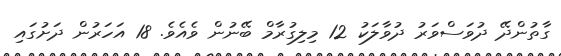
ގާތުންދޭ ދުވަސްވަރު ދުވާލަކު 12 މިލިގުރާމް ބޭނުން ވެއެވެ. 18 އަހަރުން ދަށުގައި